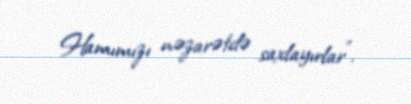
Hamımızı nəzarətdə saxlayırlar”.